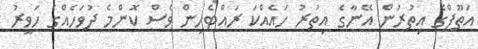
އަތޫފްގެ އިތުރުން އޭނާގެ އިތުރު ހައެއްކަ ރައްޓެހިން ވެސް ކޮންމެ ދުވަހެއްގެ ހަވީރު